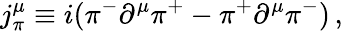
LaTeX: j_{\pi}^{\mu}\equiv i(\pi^{-}\partial^{\mu}\pi^{+}-\pi^{+}\partial^{\mu}\pi^{-})\, ,